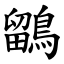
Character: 鶹